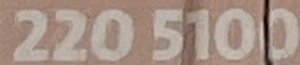
220 5100